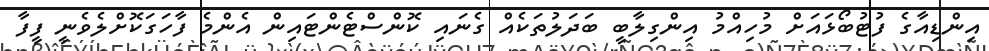
އިންޑިއާގެ ފުޓުބޯޅައަށް މުހިއްމު އިންގިލާބީ ބަދަލުތަކެއް ގެނައި ކޮންސްޓެންޓައިން އެންމެ ފާހަގަކޮށްލެވެނީ ފީފާ